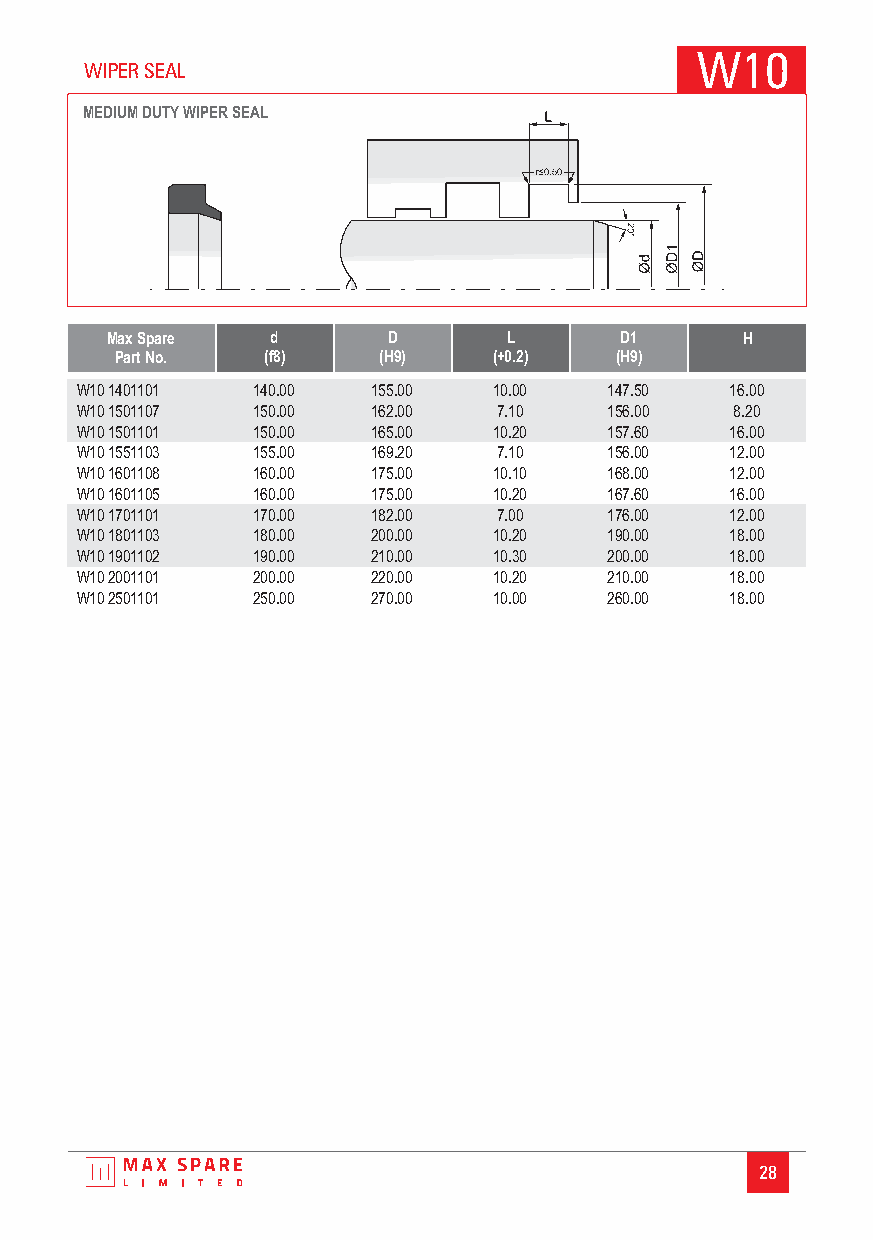
W10
 WIPER SEAL
 MEDIUM DUTYWIPER SEAL
 Max Spare  d       D       L      D1      H
 Part No. (f8)    (H9)    (+0.2)  (H9)
 W101401101  140.00  155.00  10.00  147.50  16.00
 W101501107  150.00  162.00  7.10   156.00   8.20
 W101501101  150.00  165.00  10.20  157.60  16.00
 W101551103  155.00  169.20  7.10   156.00  12.00
 W101601108  160.00  175.00  10.10  168.00  12.00
 W101601105  160.00  175.00  10.20  167.60  16.00
 W101701101  170.00  182.00  7.00   176.00  12.00
 W101801103  180.00  200.00  10.20  190.00  18.00
 W101901102  190.00  210.00  10.30  200.00  18.00
 W102001101  200.00  220.00  10.20  210.00  18.00
 W102501101  250.00  270.00  10.00  260.00  18.00
 28